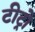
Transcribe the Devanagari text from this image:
टीट्रो